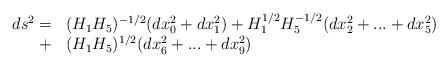
LaTeX: \begin{align*}\begin{array}{rl}ds^2=&(H_1H_5)^{-1/2}(dx_0^2+dx_1^2)+H_1^{1/2}H_5^{-1/2}(dx_2^2+...+dx_5^2)\\ + & (H_1H_5)^{1/2}(dx_6^2+...+dx_9^2)\end{array}\end{align*}